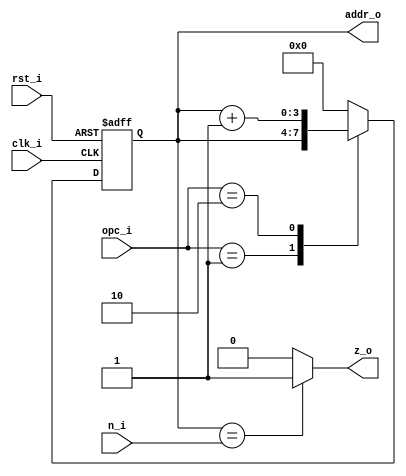
module counter #(
	parameter n = 4
)	(
	input          clk_i,
	input          rst_i,
	input  [n-1:0] n_i,
	input    [1:0] opc_i,
	output [n-1:0] addr_o,
	output         z_o
);
	
	reg [n-1:0] mux_out, addr_q;
	
	always @(opc_i, addr_q) begin
		case(opc_i)
			0:	mux_out = 0;
			1:	mux_out = addr_q;
			2:	mux_out = addr_q + 1;
			default : mux_out = 0;
		endcase
	end
	
	always @(posedge clk_i, posedge rst_i) begin
		if(rst_i)
			addr_q <= 0;
		else
			addr_q <= mux_out;					
	end
	
	assign addr_o = addr_q;
	assign z_o = (addr_q == n_i) ? 1 : 0;	
	
endmodule